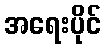
အရေးပိုင်